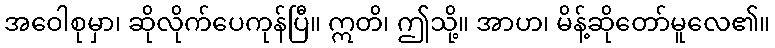
အဝေါစုမှာ၊ ဆိုလိုက်ပေကုန်ပြီ။ ဣတိ၊ ဤသို့။ အာဟ၊ မိန့်ဆိုတော်မူလေ၏။